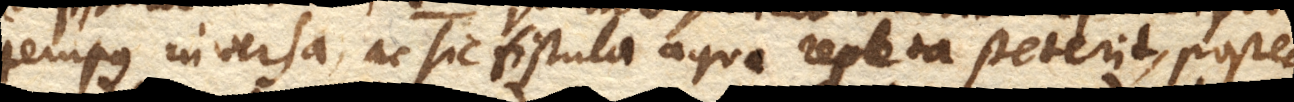
tempus inversa, ac sic fistula aqua repleta steterit, posteaque